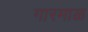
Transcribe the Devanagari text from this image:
गारमाळ